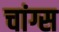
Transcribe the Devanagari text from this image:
चांग्स